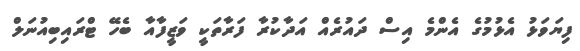
ފިޔަވަޅު އެޅުމުގެ އެންމެ އިސް ދައުރެއް އަދާކުރާ ފަރާތަކީ ވަޒީފާއާ ބެހޭ ޓްރައިބިއުނަލް